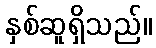
နှစ်ဆူရှိသည်။